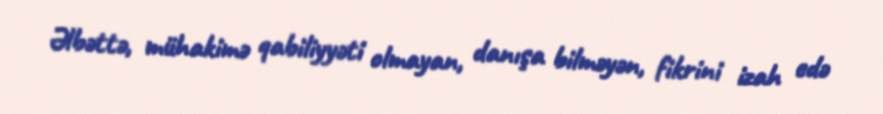
Əlbəttə, mühakimə qabiliyyəti olmayan, danışa bilməyən, fikrini izah edə